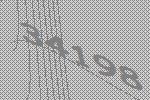
34198